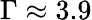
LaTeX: \Gamma\approx 3.9